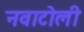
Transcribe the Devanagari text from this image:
नवाटोली